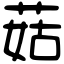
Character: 菇